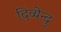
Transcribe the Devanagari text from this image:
दिव्येन्दु